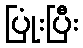
ပြုံးပြီး